Calcutta medical institutions reports 1879-81 [i.e.91]
Year: 1879
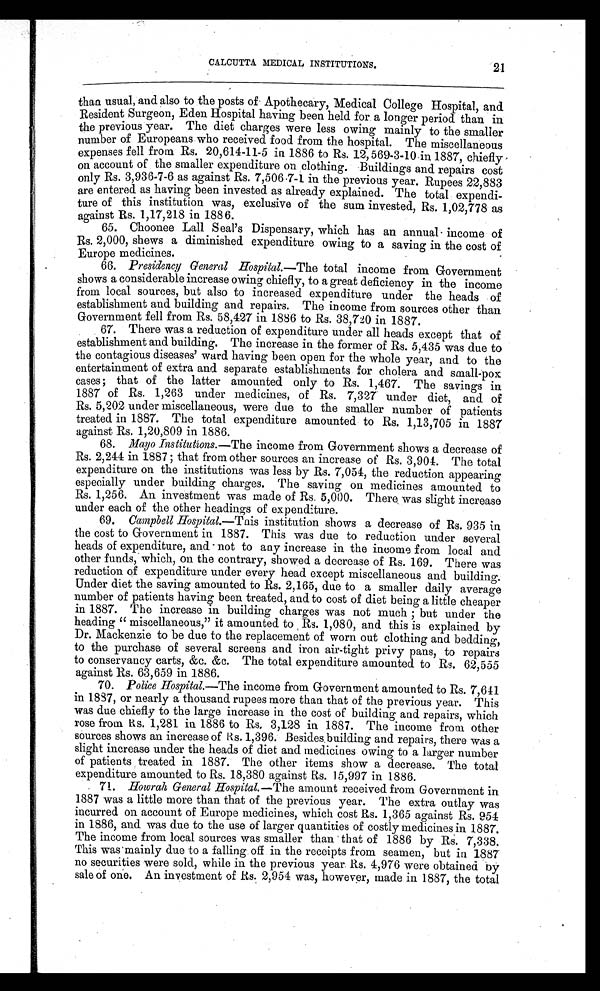
CALCUTTA MEDICAL INSTITUTIONS.
21
than usual, and also to the posts of Apothecary, Medical College Hospital, and
Resident Surgeon, Eden Hospital having been held for a longer period than in
the previous year. The diet charges were less owing mainly to the smaller
number of Europeans who received food from the hospital. The miscellaneous
expenses fell from Rs. 20,614-11-5 in 1886 to Rs. 12,569-3-10 in 1887, chiefly
on account of the smaller expenditure on clothing. Buildings and repairs cost
only Rs. 3,936-7-6 as against Rs. 7,506 . 7-1 in the previous year. Rupees 22,883
are entered as having been invested as already explained. The total expendi-
ture of this institution was, exclusive of the sum invested, Rs. 1,02,778 as
against Rs. 1,17,218 in 1886.
65. Choonee Lall Seal's Dispensary, which has an annual income of
Rs. 2,000, shews a diminished expenditure owing to a saving in the cost of
Europe medicines.
66. Presidency General Hospital.— The total income from Government
shows a considerable increase owing chiefly, to a great deficiency in the income
from local sources, but also to increased expenditure under the heads of
establishment and building and repairs. The income from sources other than
Government fell from Rs. 58,427 in 1886 to Rs. 38,720 in 1887.
67. There was a reduction of expenditure under all heads except that of
establishment and building. The increase in the former of Rs. 5,435 was due to
the contagious diseases' ward having been open for the whole year, and to the
entertainment of extra and separate establishments for cholera and small-pox
cases; that of the latter amounted only to Rs. 1,467. The savings in
1887 of Rs. 1,263 under medicines, of Rs. 7,327 under diet, and of
Rs. 5,202 under miscellaneous, were due to the smaller number of patients
treated in 1887. The total expenditure amounted to Rs. 1,13,705 in 1887
against Rs. 1,20,809 in 1886.
68. Mayo Institutions.
— T h e
income from Government shows a decrease of
Rs. 2,244 in 1887 ; that from other sources an increase of Rs. 3,904. The total
expenditure on the institutions was less by Rs. 7,054, the reduction appearing
especially under building charges. The saving on medicines amounted to
Rs. 1,256. An investment was made of Rs. 5,000. There was slight increase
under each of the other headings of expenditure.
69. Campbell Hospital.—This institution shows a decrease of Rs. 935 in
the cost to Government in 1887. This was due to reduction under several
heads of expenditure, and not to any increase in the income from local and
other funds, which, on the contrary, showed a decrease of Rs. 169. There was
reduction of expenditure under every head except miscellaneous and building.
Under diet the saving amounted to Rs. 2,165, due to a smaller daily average
number of patients having been treated, and to cost of diet being a little cheaper
in 1887. The increase in building charges was not much ; but under the
heading " miscellaneous," it amounted to Rs. 1,080, and this is explained by
Dr. Mackenzie to be due to the replacement of worn out clothing and bedding,
to the purchase of several screens and iron air-tight privy pans, to repairs
to conservancy carts, &c. &c. The total expenditure amounted to Rs. 62,555
against Rs. 63,659 in 1886.
70. Police Hospital.—The income from Government amounted to Rs. 7,641
in 1887, or nearly a thousand rupees more than that of the previous year. This
was due chiefly to the large increase in the cost of building and repairs, which
rose from Rs. 1,281 in 1886 to Rs, 3,128 in 1887. The income from other
sources shows an increase of Rs. 1,396. Besides building and repairs, there was a
slight increase under the heads of diet and medicines owing to a larger number
of patients treated in 1887. The other items show a decrease. The total
expenditure amounted to Rs. 18,380 against Rs. 15,997 in 1886.
71.
Howrah General Hospital.—The amount received from Government in
1887 was a little more than that of the previous year. The extra outlay was
incurred on account of Europe medicines, which cost Rs. 1,365 against Rs. 954
in 1886, and was due to the use of larger quantities of costly medicines in 1887.
The income from local sources was smaller than that of 1886 by Rs. 7,338,
This was mainly due to a falling off in the receipts from seamen, but in 1887
no securities were sold, while in the previous year. Rs. 4,976 were obtained by
sale of one. An investment of Rs. 2,954 was, however, made in 1887, the total